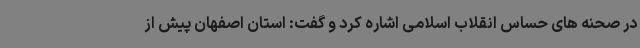
در صحنه های حساس انقلاب اسلامی اشاره کرد و گفت: استان اصفهان پیش از